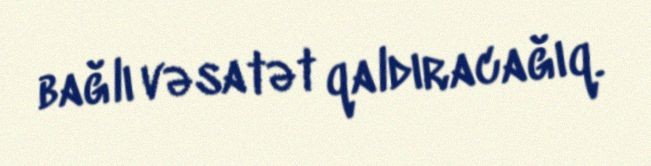
bağlı vəsatət qaldıracağıq.